Veterinary regulations India, 1925 -
Year: 1925
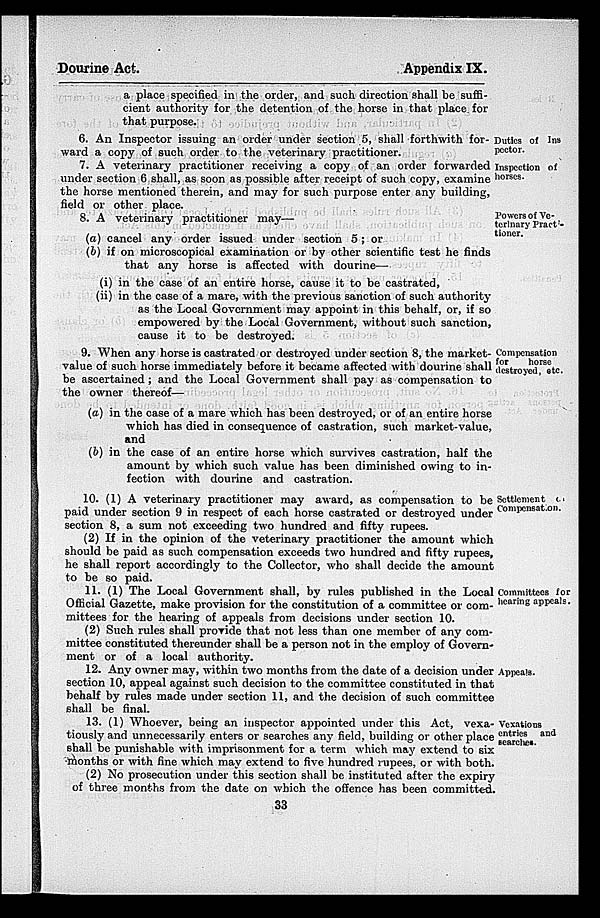
Dourine Act.
Appendix IX.
a place specified in the order, and such direction shall be suffi-
cient authority for the detention of the horse in that place for
that purpose.
Duties of Ins¬
pector.
6. An Inspector issuing an order under section 5, shall forthwith for-
ward a copy of such order to the veterinary practitioner.
Inspection of
horses.
7. A veterinary practitioner receiving a copy of an order forwarded
under section 6 shall, as soon as possible after receipt of such copy, examine
the horse mentioned therein, and may for such purpose enter any building,
field or other place.
Powers of Ve-
terinary Pract¬
tioner.
8. A veterinary practitioner may—
(a) cancel any order issued under section 5; or
(b) if on microscopical examination or by other scientific test he finds
that any horse is affected with dourine—
(i) in the case of an entire horse, cause it to be castrated,
(ii) in the case of a mare, with the previous sanction of such authority
as the Local Government may appoint in this behalf, or, if so
empowered by the Local Government, without such sanction,
cause it to be destroyed.
Compensation
for
horse
destroyed, etc.
9. When any horse is castrated or destroyed under section 8, the market-
value of such horse immediately before it became affected with dourine shall
be ascertained; and the Local Government shall pay as compensation to
the owner thereof—
(a) in the case of a mare which has been destroyed, or of an entire horse
which has died in consequence of castration, such market-value,
and
(b) in the case of an entire horse which survives castration, half the
amount by which such value has been diminished owing to in-
fection with dourine and castration.
Settlement of
Compensation.
10. (1) A veterinary practitioner may award, as compensation to be
paid under section 9 in respect of each horse castrated or destroyed under
section 8, a sum not exceeding two hundred and fifty rupees.
(2) If in the opinion of the veterinary practitioner the amount which
should be paid as such compensation exceeds two hundred and fifty rupees,
he shall report accordingly to the Collector, who shall decide the amount
to be so paid.
Committees for
hearing appeals.
11. (1) The Local Government shall, by rules published in the Local
Official Gazette, make provision for the constitution of a committee or com-
mittees for the hearing of appeals from decisions under section 10.
(2) Such rules shall provide that not less than one member of any com-
mittee constituted thereunder shall be a person not in the employ of Govern¬
ment or of a local authority.
Appeals.
12. Any owner may, within two months from the date of a decision under
section 10, appeal against such decision to the committee constituted in that
behalf by rules made under section 11, and the decision of such committee
shall be final.
Vexations
entries and
searches.
13. (1) Whoever, being an inspector appointed under this Act, vexa¬
tiously and unnecessarily enters or searches any field, building or other place
shall be punishable with imprisonment for a term which may extend to six
months or with fine which may extend to five hundred rupees, or with both.
(2) No prosecution under this section shall be instituted after the expiry
of three months from the date on which the offence has been committed.
33